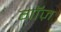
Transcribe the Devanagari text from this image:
गॉज़